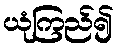
ယုံကြည်၍